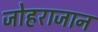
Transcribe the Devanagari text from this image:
जोहराजान